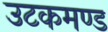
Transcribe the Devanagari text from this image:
उटकमण्ड